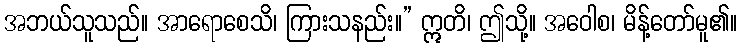
အဘယ်သူသည်။ အာရောစေသိ၊ ကြားသနည်း။” ဣတိ၊ ဤသို့။ အဝေါစ၊ မိန့်တော်မူ၏။